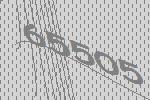
65505